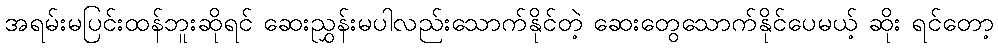
အရမ်းမပြင်းထန်ဘူးဆိုရင် ဆေးညွှန်းမပါလည်းသောက်နိုင်တဲ့ ဆေးတွေသောက်နိုင်ပေမယ့် ဆိုး ရင်တော့